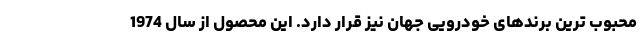
محبوب ترین برندهای خودرویی جهان نیز قرار دارد. این محصول از سال 1974